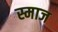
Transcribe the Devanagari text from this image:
स्माज